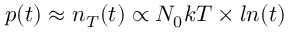
p ( t ) \approx n _ { T } ( t ) \propto N _ { 0 } k T \times l n ( t )